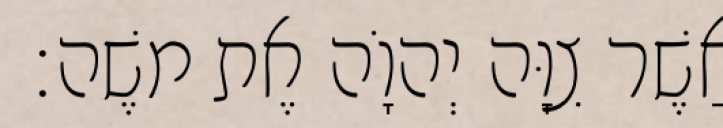
אֲשֶׁר צִוָּה יְהוָֹה אֶת משֶׁה׃